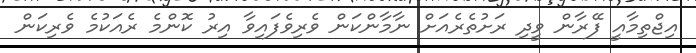
އިޖްތިމާއީ ފޭރާން ވީދި ރަށުތެރެއަށް ނާމާންކަން ވެރިވެފައިވާ އިރު ކޮންމެ ރެއަކުމެ ވެރިކަން